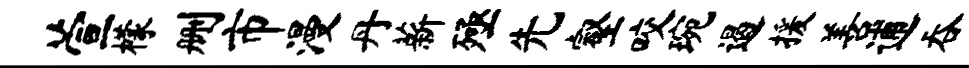
萱檬删市漫丹薪殛先壑咬琬遏援善逋吞